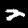
Label: 2